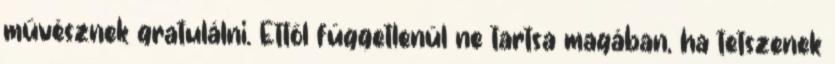
művésznek gratulálni. Ettől függetlenül ne tartsa magában, ha tetszenek